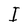
Character: I